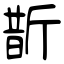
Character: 斮